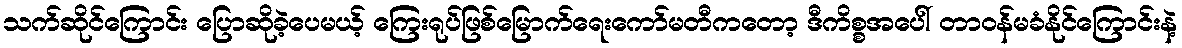
သက်ဆိုင်ကြောင်း ပြောဆိုခဲ့ပေမယ့် ကြေးရုပ်ဖြစ်မြောက်ရေးကော်မတီကတော့ ဒီကိစ္စအပေါ် တာဝန်မခံနိုင်ကြောင်းနဲ့